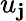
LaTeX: u_{\mathbf{j}}